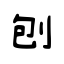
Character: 刨